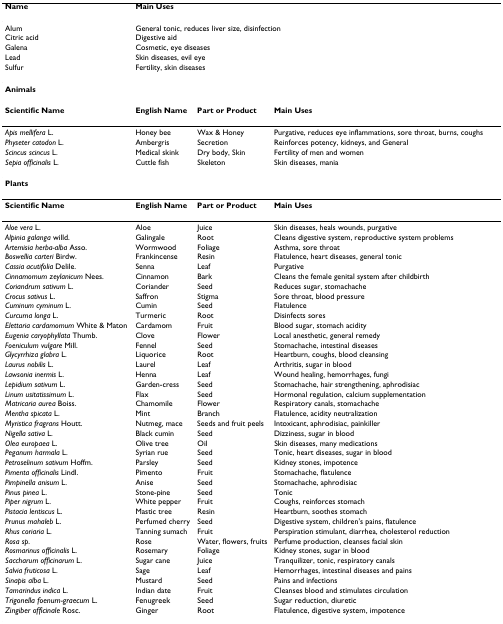
<table><thead><tr><td><b>Name</b></td><td colspan="3"><b>Main Uses</b></td></tr></thead><tbody><tr><td>Alum</td><td colspan="3">General tonic, reduces liver size, disinfection</td></tr><tr><td>Citric acid</td><td colspan="3">Digestive aid</td></tr><tr><td>Galena</td><td colspan="3">Cosmetic, eye diseases</td></tr><tr><td>Lead</td><td colspan="3">Skin diseases, evil eye</td></tr><tr><td>Sulfur</td><td colspan="3">Fertility, skin diseases</td></tr><tr><td><b>Animals</b></td><td></td><td></td><td></td></tr><tr><td><b>Scientific Name</b></td><td><b>English Name</b></td><td><b>Part or Product</b></td><td><b>Main Uses</b></td></tr><tr><td><i>Apis mellifera </i>L.</td><td>Honey bee</td><td>Wax &amp; Honey</td><td>Purgative, reduces eye inflammations, sore throat, burns, coughs</td></tr><tr><td><i>Physeter catodon </i>L.</td><td>Ambergris</td><td>Secretion</td><td>Reinforces potency, kidneys, and General</td></tr><tr><td><i>Scincus scincus </i>L.</td><td>Medical skink</td><td>Dry body, Skin</td><td>Fertility of men and women</td></tr><tr><td><i>Sepia officinalis </i>L.</td><td>Cuttle fish</td><td>Skeleton</td><td>Skin diseases, mania</td></tr><tr><td><b>Plants</b></td><td></td><td></td><td></td></tr><tr><td><b>Scientific Name</b></td><td><b>English Name</b></td><td><b>Part or Product</b></td><td><b>Main Uses</b></td></tr><tr><td><i>Aloe vera </i>L.</td><td>Aloe</td><td>Juice</td><td>Skin diseases, heals wounds, purgative</td></tr><tr><td><i>Alpinia galanga </i>willd.</td><td>Galingale</td><td>Root</td><td>Cleans digestive system, reproductive system problems</td></tr><tr><td><i>Artemisia herba-alba </i>Asso.</td><td>Wormwood</td><td>Foliage</td><td>Asthma, sore throat</td></tr><tr><td><i>Boswellia carteri </i>Birdw.</td><td>Frankincense</td><td>Resin</td><td>Flatulence, heart diseases, general tonic</td></tr><tr><td><i>Cassia acutifolia </i>Delile.</td><td>Senna</td><td>Leaf</td><td>Purgative</td></tr><tr><td><i>Cinnamomum zeylanicum </i>Nees.</td><td>Cinnamon</td><td>Bark</td><td>Cleans the female genital system after childbirth</td></tr><tr><td><i>Coriandrum sativum </i>L.</td><td>Coriander</td><td>Seed</td><td>Reduces sugar, stomachache</td></tr><tr><td><i>Crocus sativus </i>L.</td><td>Saffron</td><td>Stigma</td><td>Sore throat, blood pressure</td></tr><tr><td><i>Cuminum cyminum </i>L.</td><td>Cumin</td><td>Seed</td><td>Flatulence</td></tr><tr><td><i>Curcuma longa </i>L.</td><td>Turmeric</td><td>Root</td><td>Disinfects sores</td></tr><tr><td><i>Elettaria cardamomum </i>White &amp; Maton</td><td>Cardamom</td><td>Fruit</td><td>Blood sugar, stomach acidity</td></tr><tr><td><i>Eugenia caryophyllata </i>Thumb.</td><td>Clove</td><td>Flower</td><td>Local anesthetic, general remedy</td></tr><tr><td><i>Foeniculum vulgare </i>Mill.</td><td>Fennel</td><td>Seed</td><td>Stomachache, intestinal diseases</td></tr><tr><td><i>Glycyrrhiza glabra </i>L.</td><td>Liquorice</td><td>Root</td><td>Heartburn, coughs, blood cleansing</td></tr><tr><td><i>Laurus nobilis </i>L.</td><td>Laurel</td><td>Leaf</td><td>Arthritis, sugar in blood</td></tr><tr><td><i>Lawsonia inermis </i>L.</td><td>Henna</td><td>Leaf</td><td>Wound healing, hemorrhages, fungi</td></tr><tr><td><i>Lepidium sativum </i>L.</td><td>Garden-cress</td><td>Seed</td><td>Stomachache, hair strengthening, aphrodisiac</td></tr><tr><td><i>Linum usitatissimum </i>L.</td><td>Flax</td><td>Seed</td><td>Hormonal regulation, calcium supplementation</td></tr><tr><td><i>Matricaria aurea </i>Boiss.</td><td>Chamomile</td><td>Flower</td><td>Respiratory canals, stomachache</td></tr><tr><td><i>Mentha spicata </i>L.</td><td>Mint</td><td>Branch</td><td>Flatulence, acidity neutralization</td></tr><tr><td><i>Myristica fragrans </i>Houtt.</td><td>Nutmeg, mace</td><td>Seeds and fruit peels</td><td>Intoxicant, aphrodisiac, painkiller</td></tr><tr><td><i>Nigella sativa </i>L.</td><td>Black cumin</td><td>Seed</td><td>Dizziness, sugar in blood</td></tr><tr><td><i>Olea europaea </i>L.</td><td>Olive tree</td><td>Oil</td><td>Skin diseases, many medications</td></tr><tr><td><i>Peganum harmala </i>L.</td><td>Syrian rue</td><td>Seed</td><td>Tonic, heart diseases, sugar in blood</td></tr><tr><td><i>Petroselinum sativum </i>Hoffm.</td><td>Parsley</td><td>Seed</td><td>Kidney stones, impotence</td></tr><tr><td><i>Pimenta officinalis </i>Lindl.</td><td>Pimento</td><td>Fruit</td><td>Stomachache, flatulence</td></tr><tr><td><i>Pimpinella anisum </i>L.</td><td>Anise</td><td>Seed</td><td>Stomachache, aphrodisiac</td></tr><tr><td><i>Pinus pinea </i>L.</td><td>Stone-pine</td><td>Seed</td><td>Tonic</td></tr><tr><td><i>Piper nigrum </i>L.</td><td>White pepper</td><td>Fruit</td><td>Coughs, reinforces stomach</td></tr><tr><td><i>Pistacia lentiscus </i>L.</td><td>Mastic tree</td><td>Resin</td><td>Heartburn, soothes stomach</td></tr><tr><td><i>Prunus mahaleb </i>L.</td><td>Perfumed cherry</td><td>Seed</td><td>Digestive system, children&#x27;s pains, flatulence</td></tr><tr><td><i>Rhus coriaria </i>L.</td><td>Tanning sumach</td><td>Fruit</td><td>Perspiration stimulant, diarrhea, cholesterol reduction</td></tr><tr><td><i>Rosa sp.</i></td><td>Rose</td><td>Water, flowers, fruits</td><td>Perfume production, cleanses facial skin</td></tr><tr><td><i>Rosmarinus officinalis </i>L.</td><td>Rosemary</td><td>Foliage</td><td>Kidney stones, sugar in blood</td></tr><tr><td><i>Saccharum officinarum </i>L.</td><td>Sugar cane</td><td>Juice</td><td>Tranquilizer, tonic, respiratory canals</td></tr><tr><td><i>Salvia fruticosa </i>L.</td><td>Sage</td><td>Leaf</td><td>Hemorrhages, intestinal diseases and pains</td></tr><tr><td><i>Sinapis alba </i>L.</td><td>Mustard</td><td>Seed</td><td>Pains and infections</td></tr><tr><td><i>Tamarindus indica </i>L.</td><td>Indian date</td><td>Fruit</td><td>Cleanses blood and stimulates circulation</td></tr><tr><td><i>Trigonella foenum-graecum </i>L.</td><td>Fenugreek</td><td>Seed</td><td>Sugar reduction, diuretic</td></tr><tr><td><i>Zingiber officinale </i>Rosc.</td><td>Ginger</td><td>Root</td><td>Flatulence, digestive system, impotence</td></tr></tbody></table>